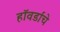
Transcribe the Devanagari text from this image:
हॉवर्डांचे